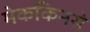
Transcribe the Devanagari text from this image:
मेककिनसे